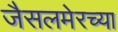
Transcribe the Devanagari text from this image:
जैसलमेरच्या